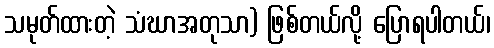
သမုတ်ထားတဲ့ သံဃာအတုသာ) ဖြစ်တယ်လို့ ပြောရပါတယ်၊